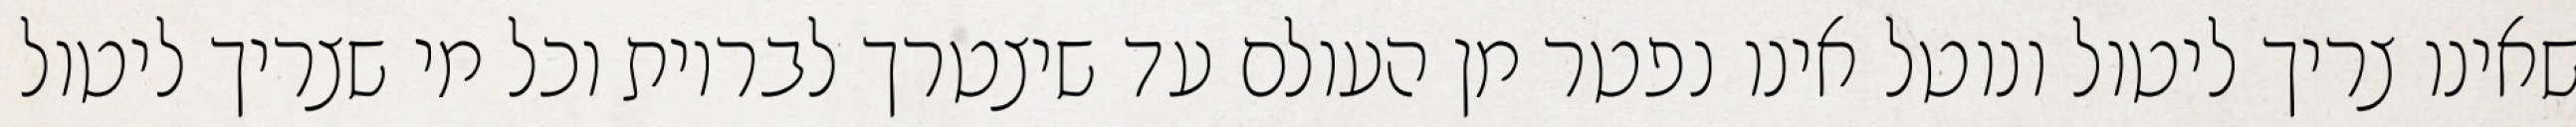
שאינו צריך ליטול ונוטל אינו נפטר מן העולם עד שיצטרך לבריות וכל מי שצריך ליטול